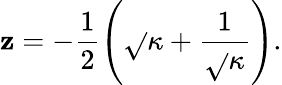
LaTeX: \mathbf{z}=-\frac{{1}}{{2}}\left(\sqrt{}{{\kappa}}+\frac{{1}}{{\sqrt{}{{\kappa}}}}\right).